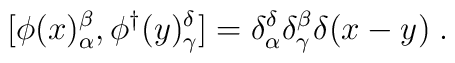
[\phi(x)_\alpha^\beta,\phi^\dagger(y)_\gamma^\delta]  = \delta_\alpha^\delta \delta_\gamma^\beta \delta(x-y)\; .